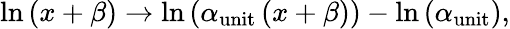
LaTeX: \ln\left(x+\beta\right)\rightarrow\ln\left(\alpha_{\mathrm{unit}}\left(x+\beta\right)\right)-\ln\left(\alpha_{\mathrm{unit}}\right),